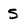
Character: 5